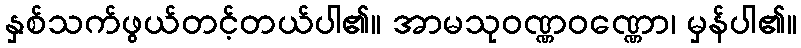
နှစ်သက်ဖွယ်တင့်တယ်ပါ၏။ အာမသုဝဏ္ဏဝဏ္ဏော၊ မှန်ပါ၏။